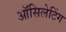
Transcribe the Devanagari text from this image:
ऑसिलेटिंग